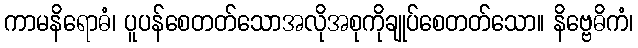
ကာမနိရောဓံ၊ ပူပန်စေတတ်သောအလိုအစုကိုချုပ်စေတတ်သော။ နိဗ္ဗေဓိကံ၊